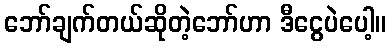
ဘော်ချက်တယ်ဆိုတဲ့ဘော်ဟာ ဒီငွေပဲပေါ့။